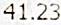
41.23